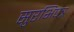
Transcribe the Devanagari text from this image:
सुरभिपत्र